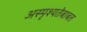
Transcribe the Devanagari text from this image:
अस्पृश्यतेबाबत